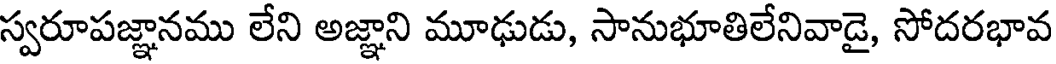
స్వరూపజ్ఞానము లేని అజ్ఞాని మూఢుడు, సానుభూతిలేనివాడై, సోదరభావ